Leaving Certificate Examination, 1911
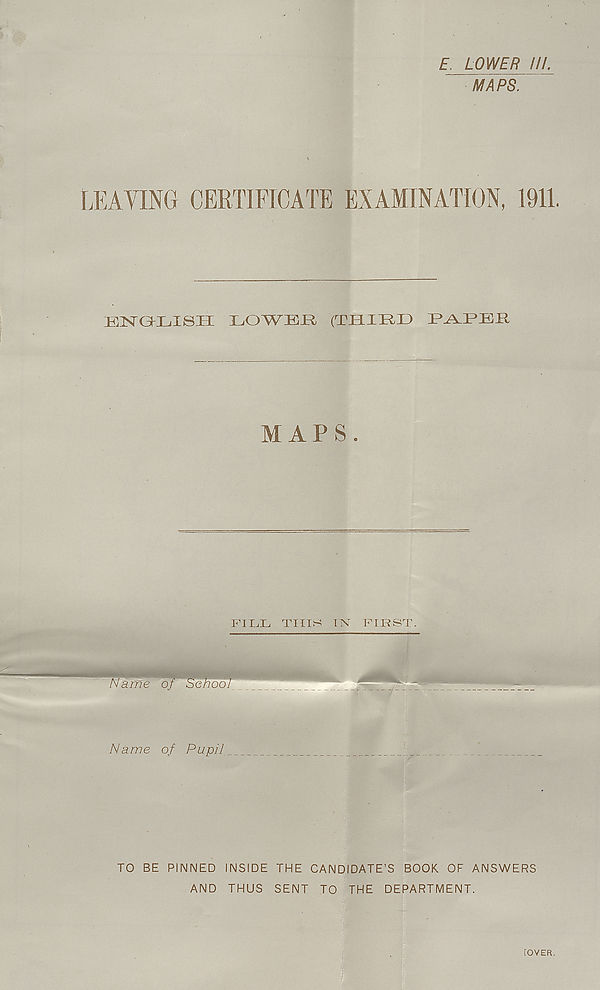
E LOWER IU.
MAPS. "
LEAVING CERTIFICATE EXAMINATION, 1911.
kin t (ji;ihii
i.owKii rriiii^i) rjW^Kii
MAPS.
FI LL THIS IN FIRST.
Name of Pupil
TO BE PINNED INSIDE THE CANDIDATE’S BOOK OF ANSWERS
AND THUS SENT TO THE DEPARTMENT.
■
#C" ;
i
rOVER.